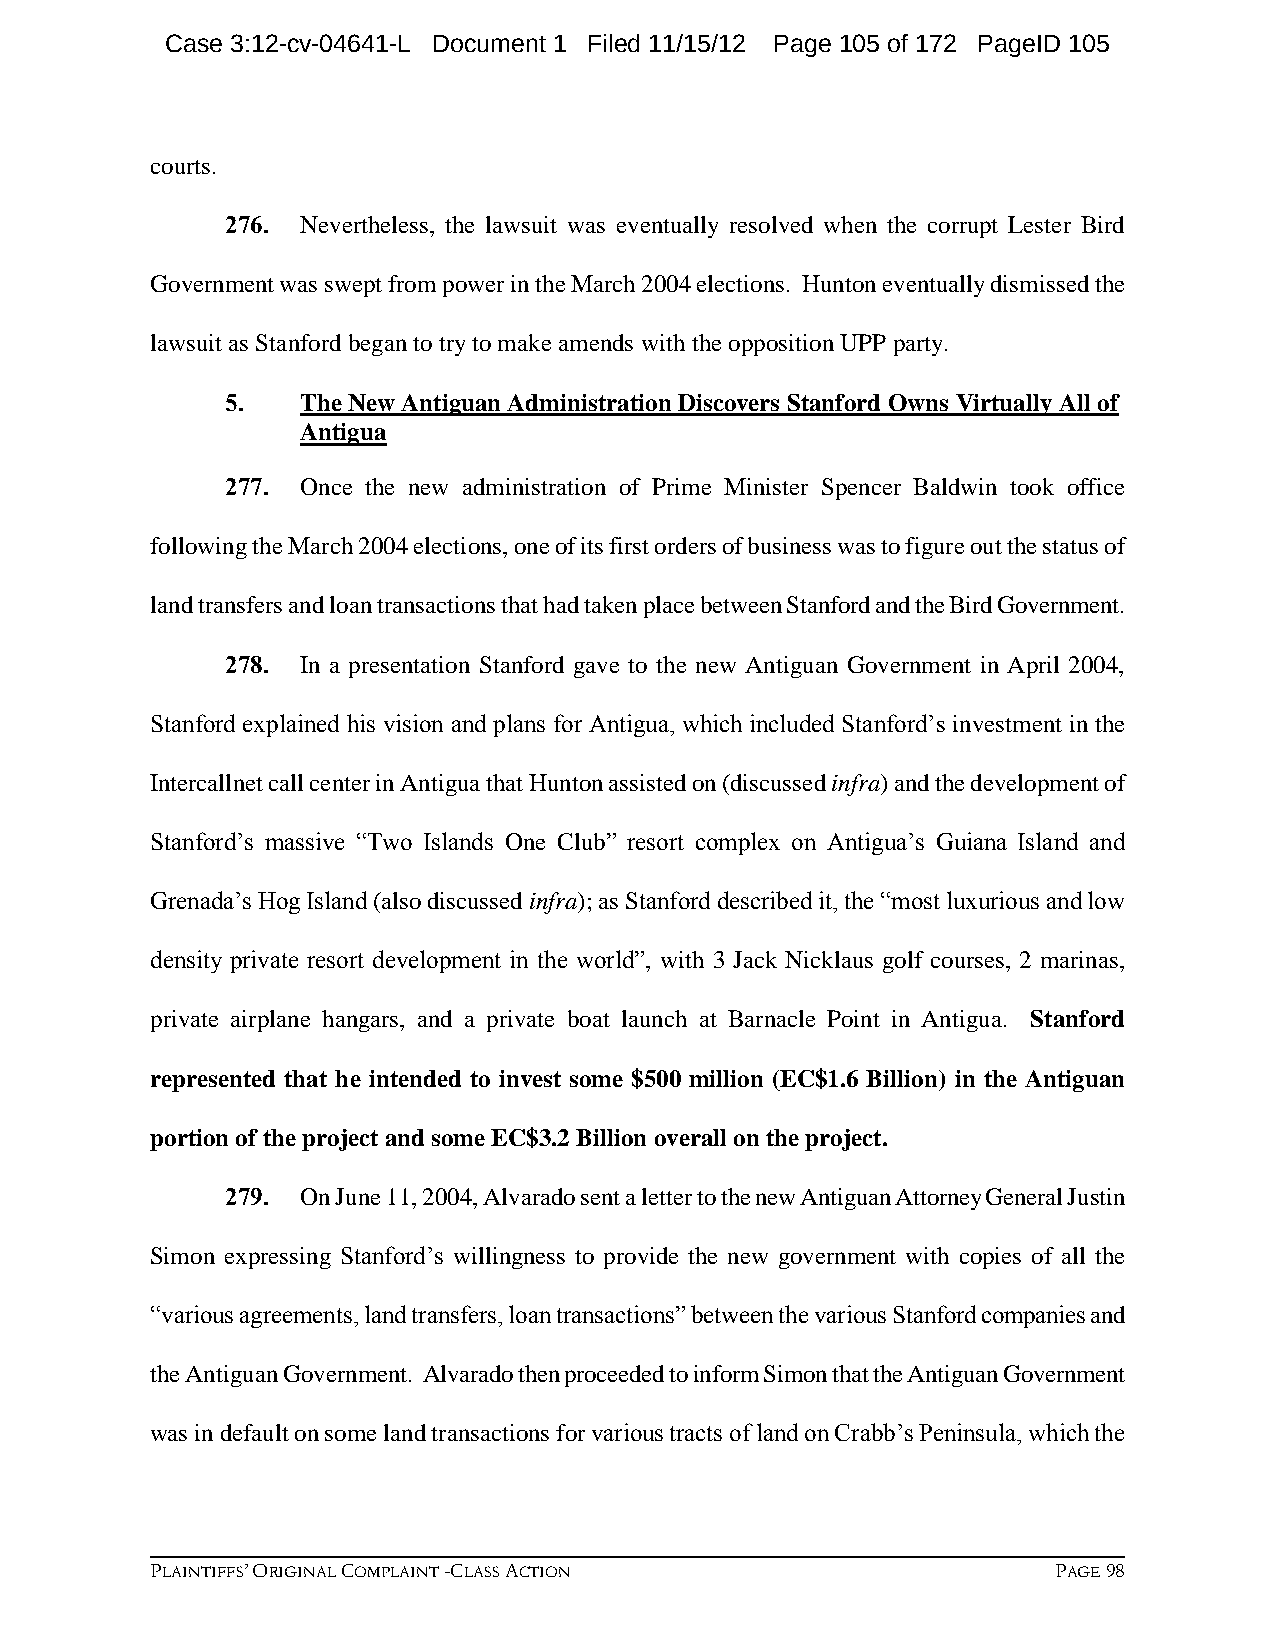
Case 3:12-cv-04641-L Document 1 Filed 11/15/12 Page 105 of 172 PageID 105
 courts.
 276. Nevertheless, the lawsuit was eventually resolved when the corrupt Lester Bird
 Government was swept from power in the March 2004 elections. Hunton eventually dismissed the
 lawsuit as Stanford began to try to make amends with the opposition UPP party.
 5.   The New Antiguan Administration Discovers Stanford Owns Virtually All of
 Antigua
 277. Once the new administration of Prime Minister Spencer Baldwin took office
 following the March 2004 elections, one of its first orders of business was to figure out the status of
 land transfers and loan transactions that had taken place between Stanford and the Bird Government.
 278. In a presentation Stanford gave to the new Antiguan Government in April 2004,
 Stanford explained his vision and plans for Antigua, which included Stanford’s investment in the
 Intercallnet call center in Antigua that Hunton assisted on (discussed infra) and the development of
 Stanford’s massive “Two Islands One Club” resort complex on Antigua’s Guiana Island and
 Grenada’s Hog Island (also discussed infra); as Stanford described it, the “most luxurious and low
 density private resort development in the world”, with 3 Jack Nicklaus golf courses, 2 marinas,
 private airplane hangars, and a private boat launch at Barnacle Point in Antigua. Stanford
 represented that he intended to invest some $500 million (EC$1.6 Billion) in the Antiguan
 portion of the project and some EC$3.2 Billion overall on the project.
 279. On June 11, 2004, Alvarado sent a letter to the new Antiguan Attorney General Justin
 Simon expressing Stanford’s willingness to provide the new government with copies of all the
 “various agreements, land transfers, loan transactions” between the various Stanford companies and
 the Antiguan Government. Alvarado then proceeded to inform Simon that the Antiguan Government
 was in default on some land transactions for various tracts of land on Crabb’s Peninsula, which the
 PLAINTIFFS’ ORIGINAL COMPLAINT -CLASS ACTION                PAGE 98